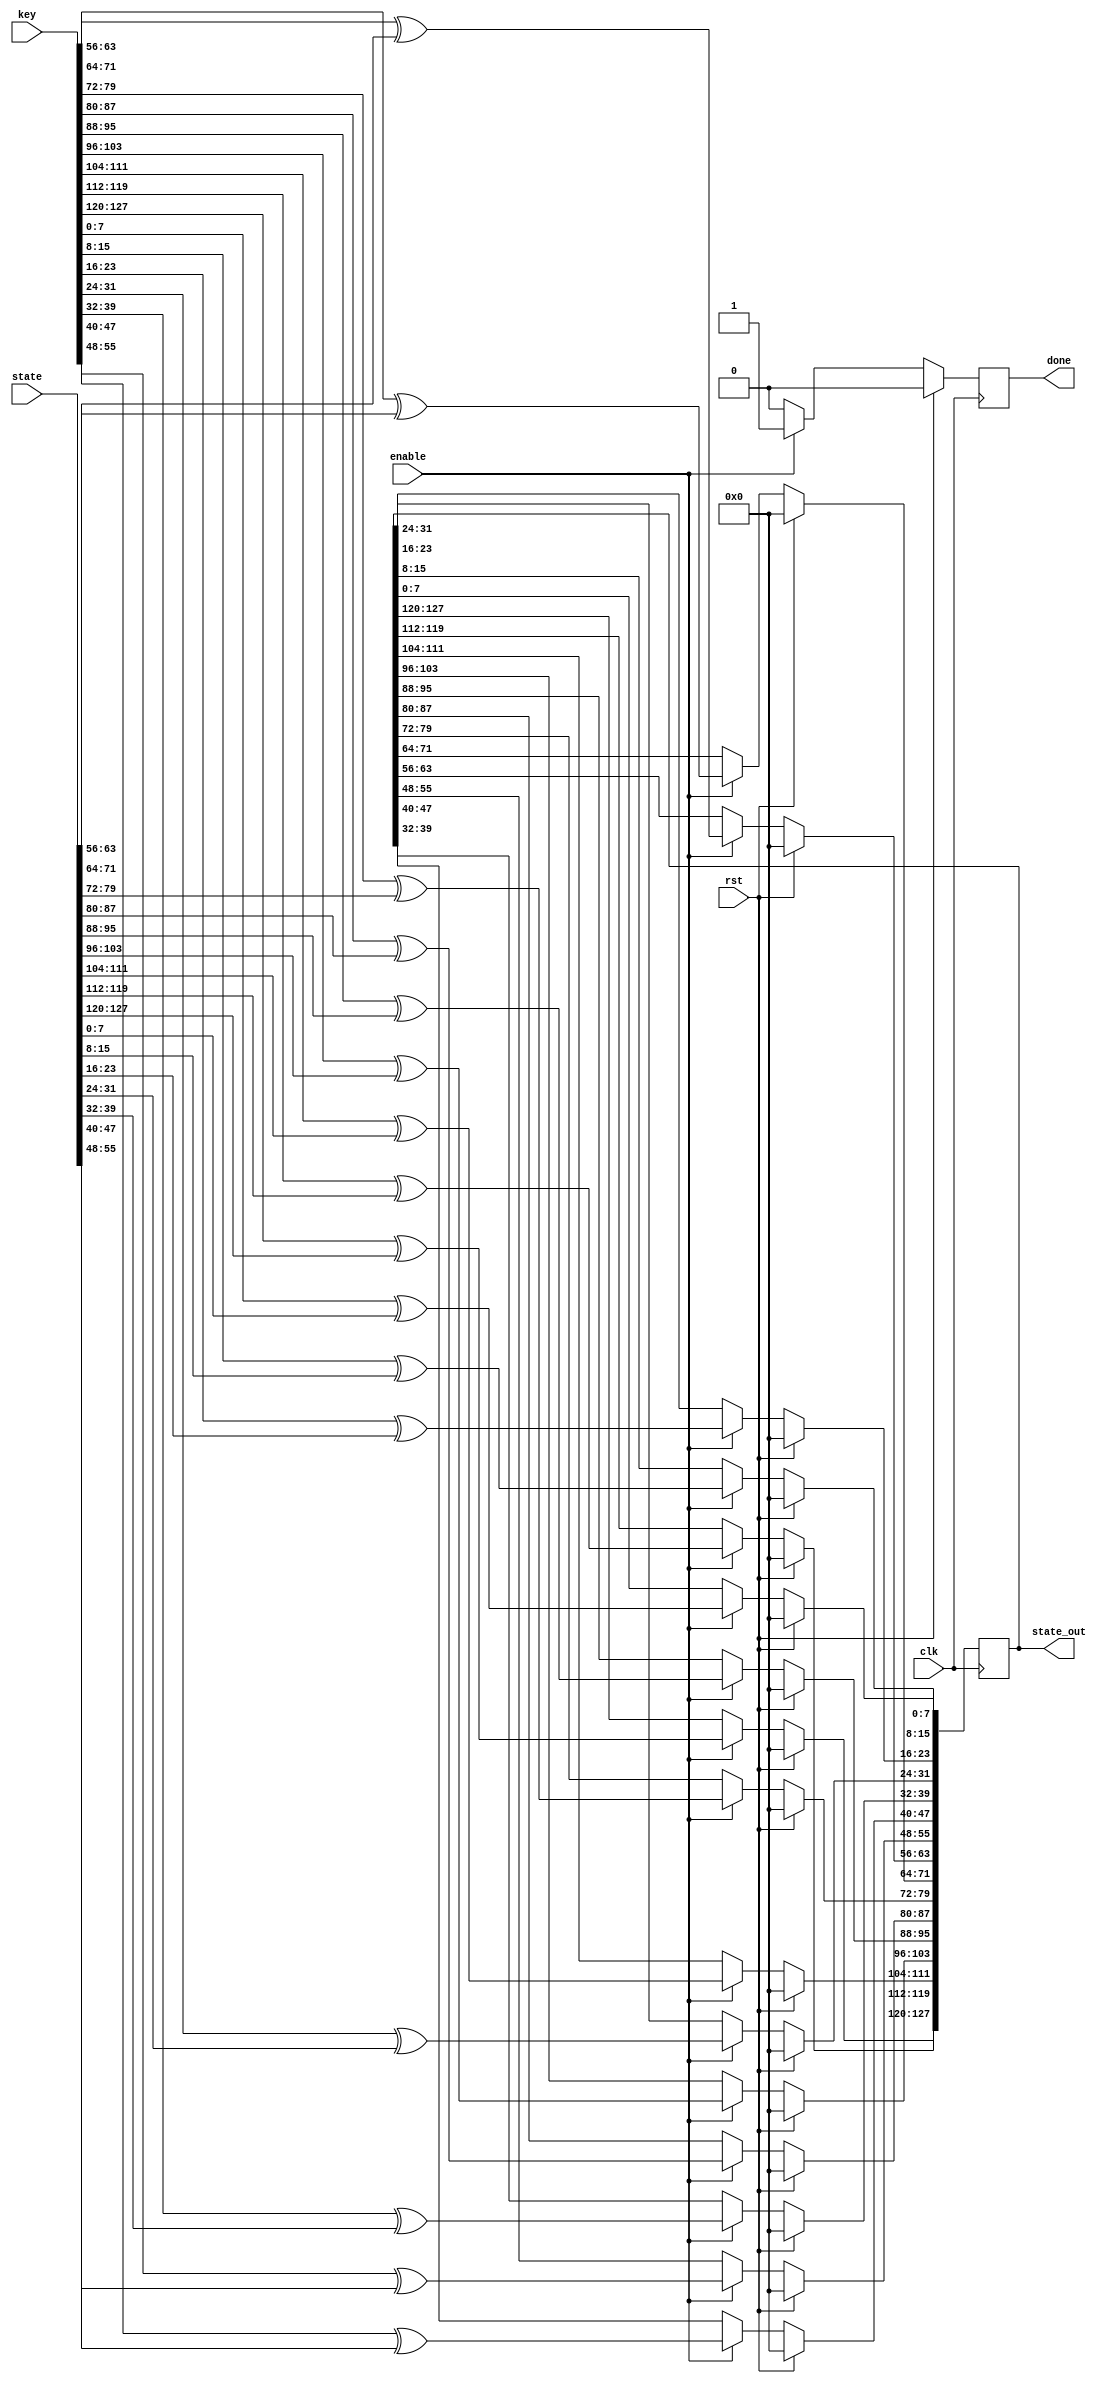
/*
*
*	Creator : Ahmad Adel <github.com/ahmadadel8>
*						Dina  Elsokary <github.com/dinaelsokary>
*
* Contributer: Ahmad Hegazy <github.com/ahegazy> <ahegazipro@gmail.com>
*
*
* Description: AddRoundKey step in AES encryption/Decryption.
* Language: Verilog
*
*/

module AddRoundKey(
	input wire [127:0] key ,
	input wire [127:0] state,
	input  clk,enable, rst,
	output reg  [127:0]state_out,
	output reg done);

	integer i;

always@(posedge clk)
 begin
 if (rst) begin
 state_out=128'd0;
 done <= 0;
 i <= 0;
 end 
 else if (enable) begin 
	for ( i=0; i<=15; i=i+1)
		state_out[i*8  +:  8] <= key[i*8  +:  8] ^ state[i*8  +:  8];

	done = 1;
	end 
	else done <= 0;

end
endmodule